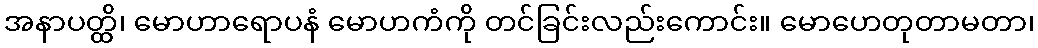
အနာပတ္ထိ၊ မောဟာရောပနံ မောဟကံကို တင်ခြင်းလည်းကောင်း။ မောဟေတုတာမတာ၊